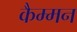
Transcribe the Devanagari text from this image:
कैम्मन